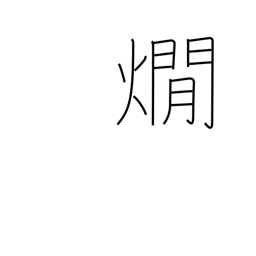
Meaning: warming sake